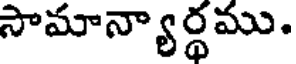
సామాన్యార్థము.